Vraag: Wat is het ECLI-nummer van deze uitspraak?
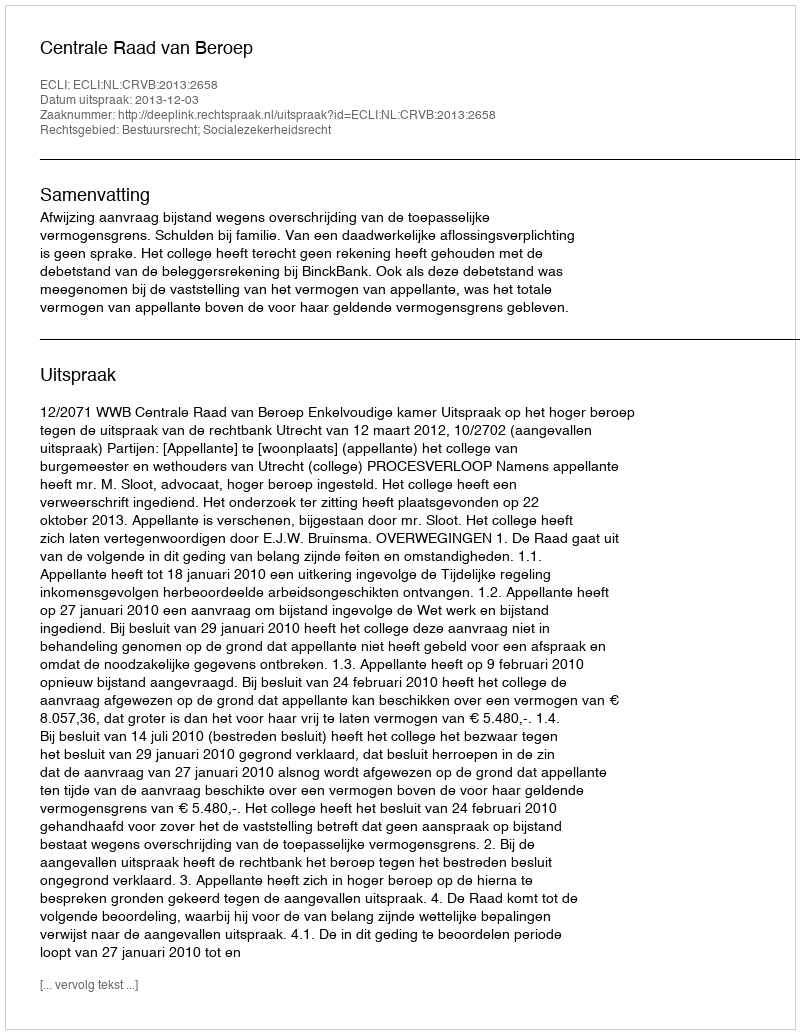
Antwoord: ECLI:NL:CRVB:2013:2658